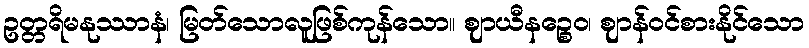
ဥတ္တရိမနုဿာနံ၊ မြတ်သောလူဖြစ်ကုန်သော။ ဈာယီနဉ္စေဝ၊ ဈာန်ဝင်စားနိုင်သော